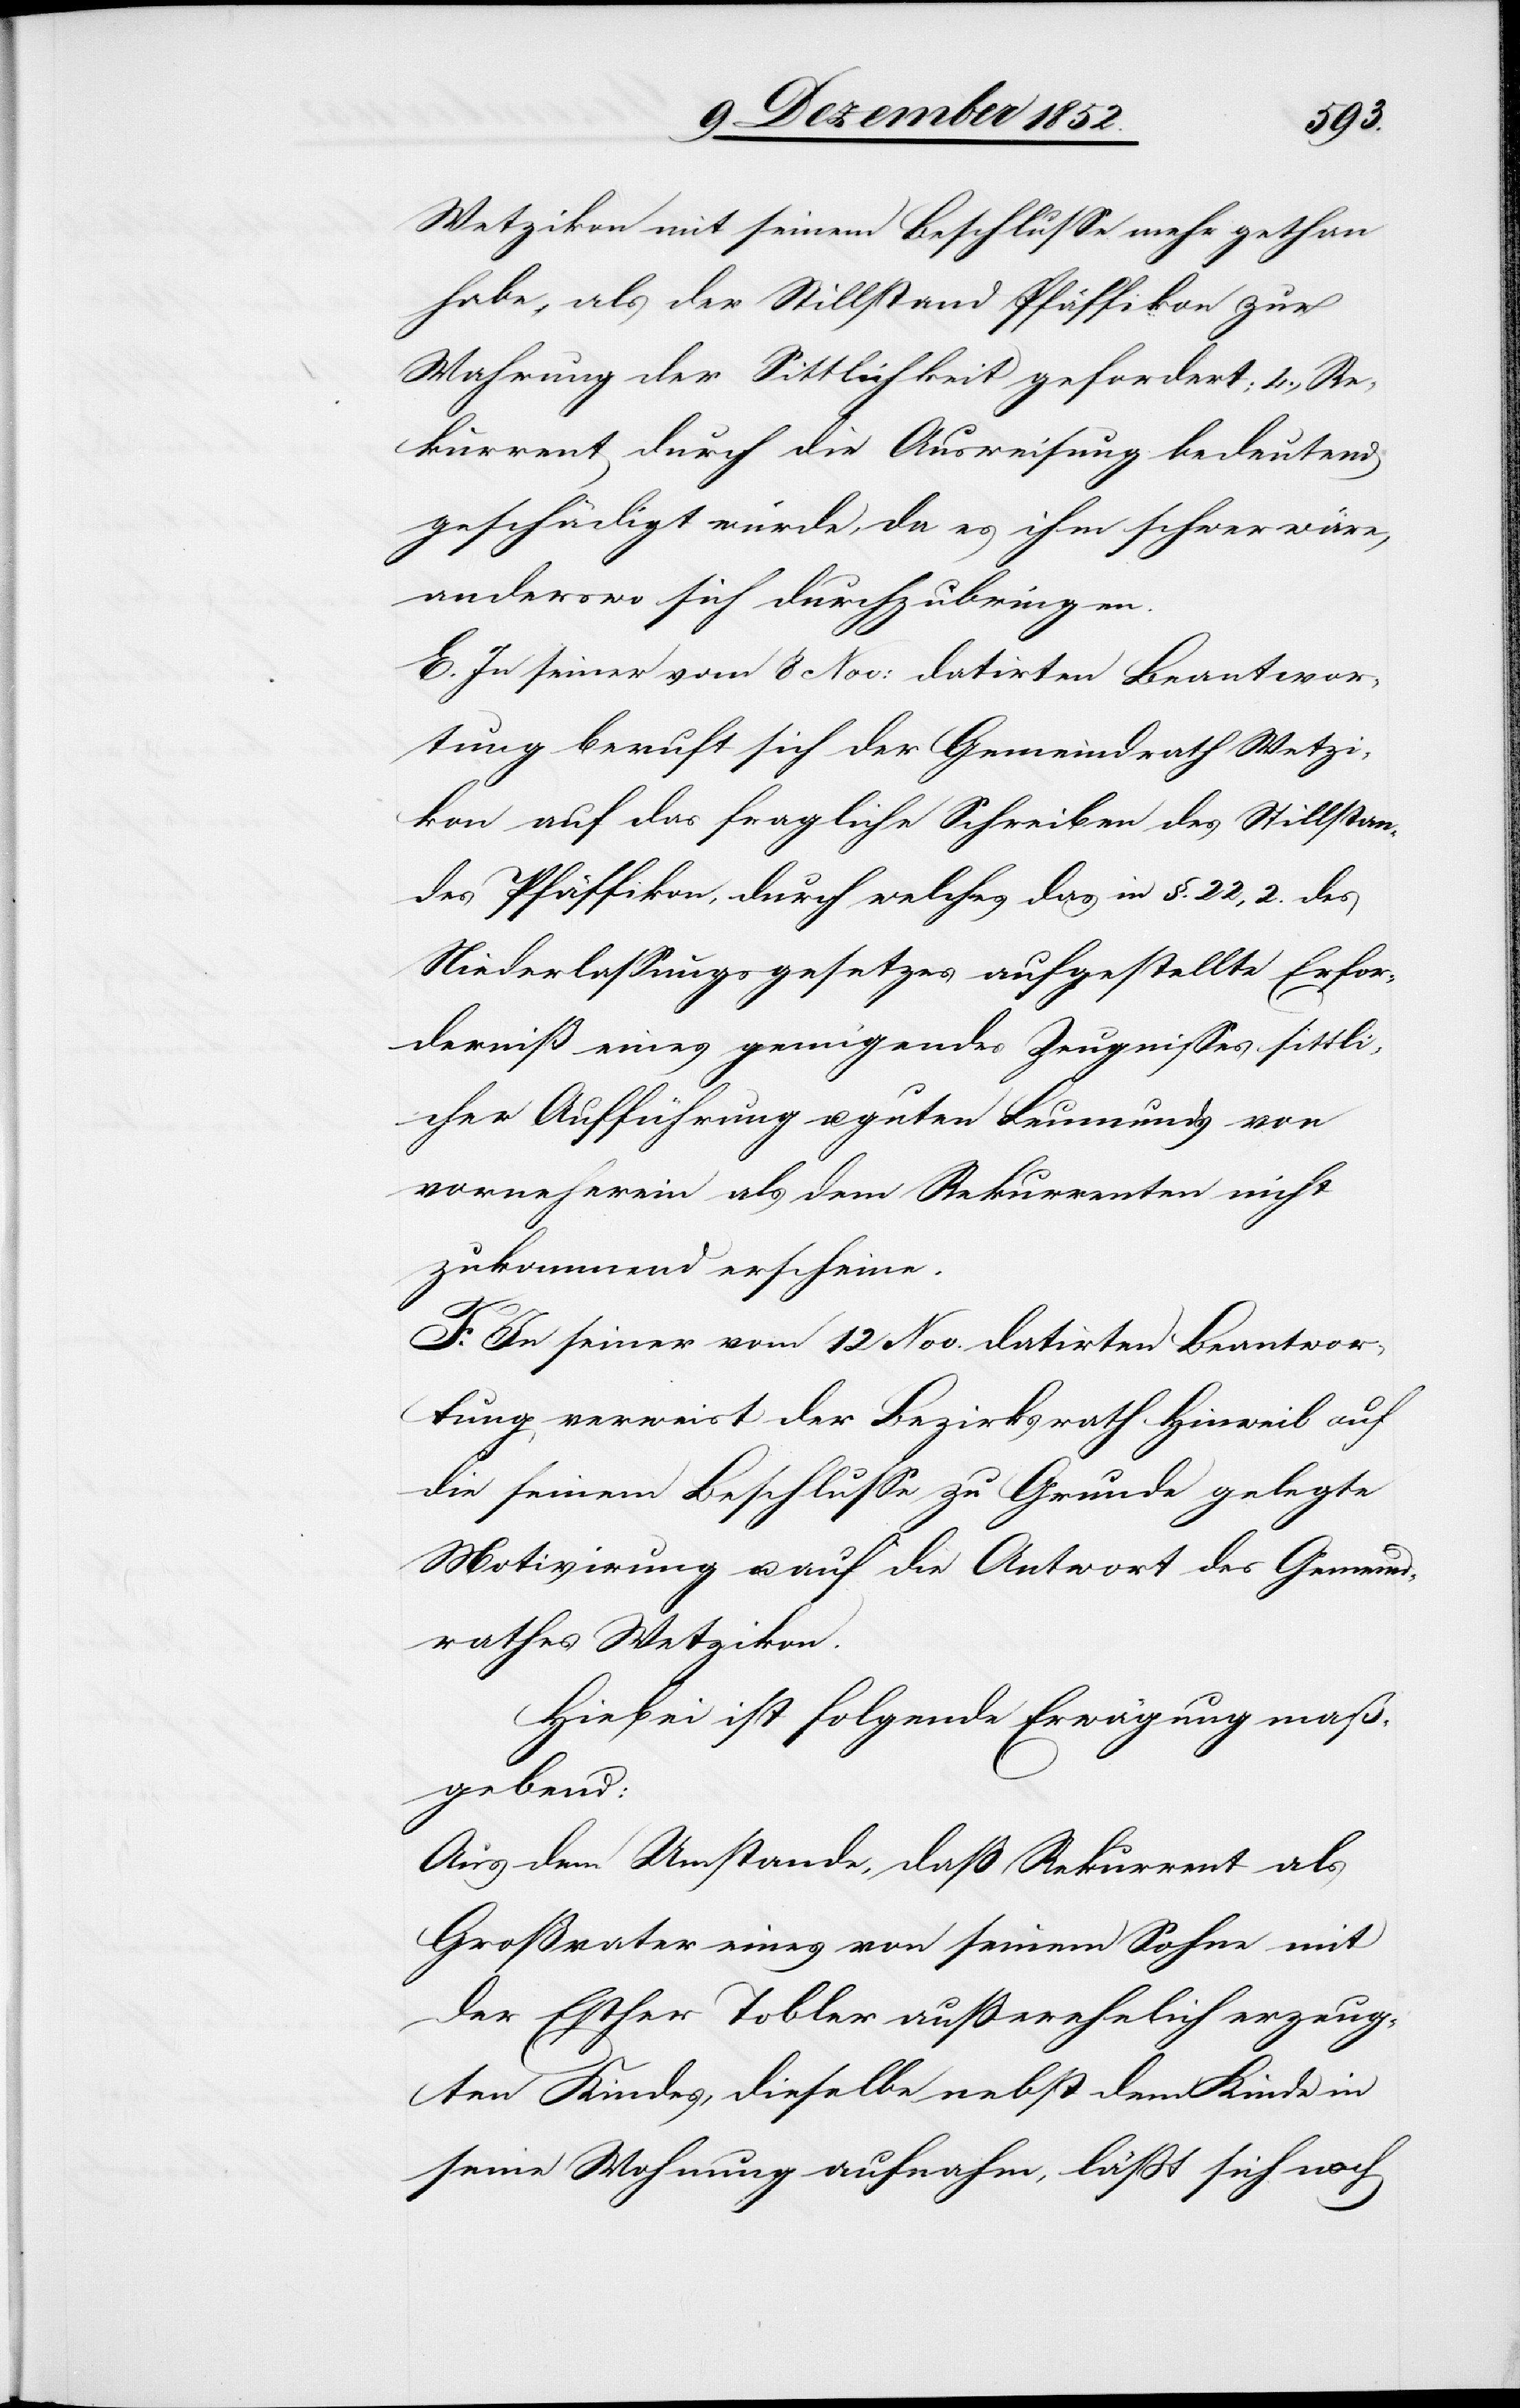
Wetzikon mit seinem Beschlusse mehr gethan
habe, als der Stillstand Pfäffikon zur
Wahrung der Sittlichkeit gefordert; 4., Re¬
kurrent durch die Ausweisung bedeutend
geschädigt wurde, da es ihm schwer wäre,
anderswo sich durchzubringen.
E. In seiner vom 8 Nov: datirten Beantwor¬
tung beruft sich der Gemeindrath Wetzi¬
kon auf das fragliche Schreiben des Stillstan¬
des Pfäffikon, durch welches das in §. 22, 2. des
Niederlassungsgesetzes aufgestellte Erfor¬
derniß eines genügendes [sic!] Zeugnisses sittli¬
cher Aufführung u. guten Leumunds von
vorneherein als dem Rekurrenten nicht
zukommend erscheine.
F. In seiner vom 12 Nov. datirten Beantwor¬
tung verweist der Bezirksrath Hinweil auf
die seinem Beschlusse zu Grunde gelegte
Motivirung u. auf die Antwort des Gemeind¬
rathes Wetzikon.
Hiebei ist folgende Erwägung maß¬
gebend:
Aus dem Umstande, daß Rekurrent als
Großvater eines von seinem Sohne mit
der Esther Tobler außerehelich erzeug¬
ten Kindes, dieselbe nebst dem Kinde in
seine Wohnung aufnahm, läßt sich noch